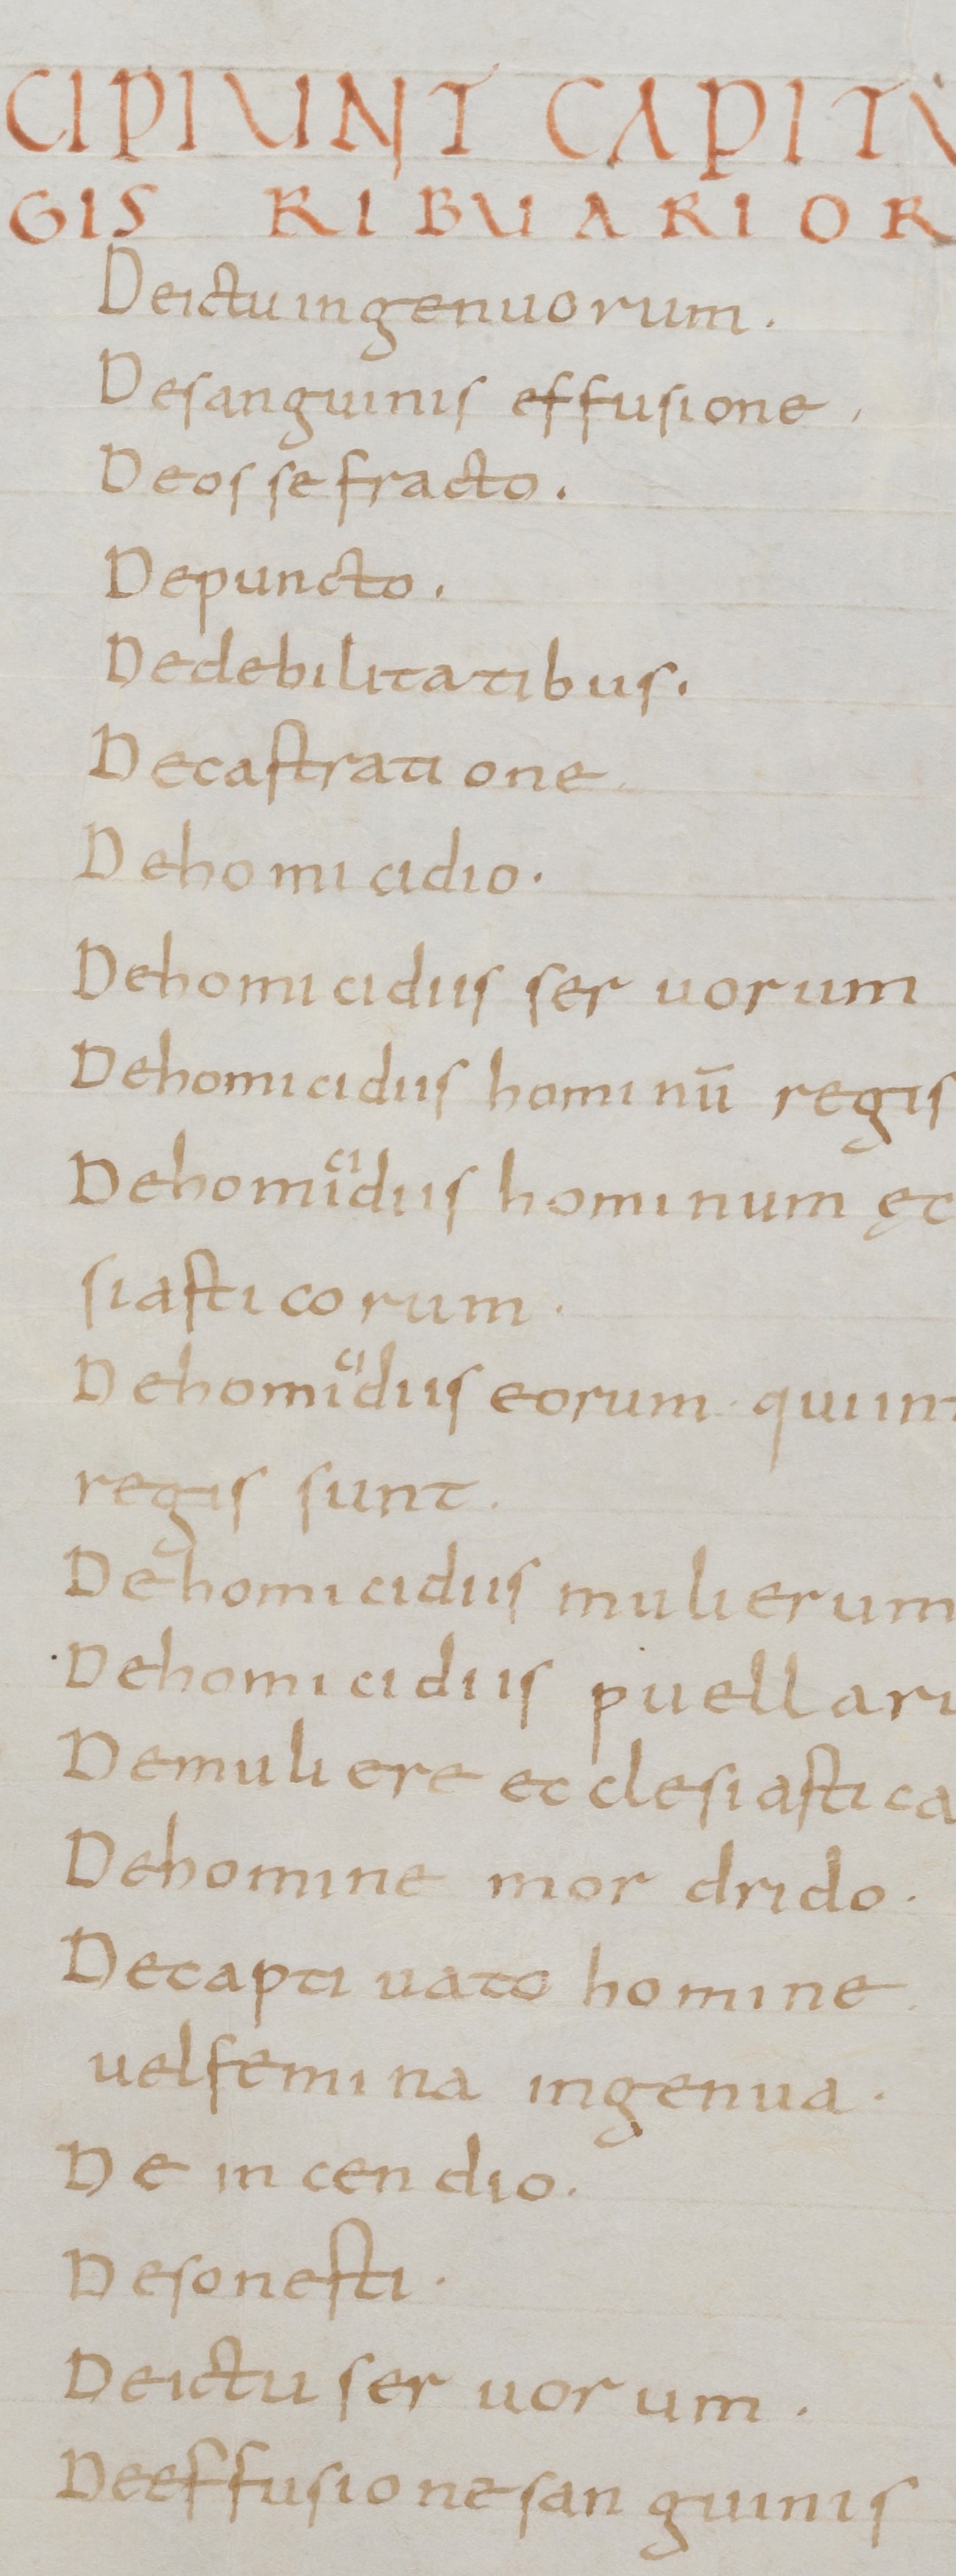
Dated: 800–899